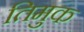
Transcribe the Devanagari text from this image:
तिमुक